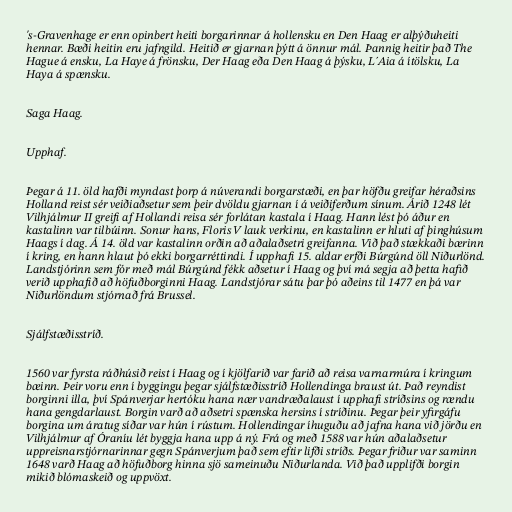
's-Gravenhage er enn opinbert heiti borgarinnar á hollensku en Den Haag er alþýðuheiti
hennar. Bæði heitin eru jafngild. Heitið er gjarnan þýtt á önnur mál. Þannig heitir það The
Hague á ensku, La Haye á frönsku, Der Haag eða Den Haag á þýsku, L´Aia á ítölsku, La
Haya á spænsku.

Saga Haag.

Upphaf.

Þegar á 11. öld hafði myndast þorp á núverandi borgarstæði, en þar höfðu greifar héraðsins
Holland reist sér veiðiaðsetur sem þeir dvöldu gjarnan í á veiðiferðum sínum. Árið 1248 lét
Vilhjálmur II greifi af Hollandi reisa sér forlátan kastala í Haag. Hann lést þó áður en
kastalinn var tilbúinn. Sonur hans, Floris V lauk verkinu, en kastalinn er hluti af þinghúsum
Haags í dag. Á 14. öld var kastalinn orðin að aðalaðsetri greifanna. Við það stækkaði bærinn
í kring, en hann hlaut þó ekki borgarréttindi. Í upphafi 15. aldar erfði Búrgúnd öll Niðurlönd.
Landstjórinn sem fór með mál Búrgúnd fékk aðsetur í Haag og því má segja að þetta hafið
verið upphafið að höfuðborginni Haag. Landstjórar sátu þar þó aðeins til 1477 en þá var
Niðurlöndum stjórnað frá Brussel.

Sjálfstæðisstríð.

1560 var fyrsta ráðhúsið reist í Haag og í kjölfarið var farið að reisa varnarmúra í kringum
bæinn. Þeir voru enn í byggingu þegar sjálfstæðisstríð Hollendinga braust út. Það reyndist
borginni illa, því Spánverjar hertóku hana nær vandræðalaust í upphafi stríðsins og rændu
hana gengdarlaust. Borgin varð að aðsetri spænska hersins í stríðinu. Þegar þeir yfirgáfu
borgina um áratug síðar var hún í rústum. Hollendingar íhuguðu að jafna hana við jörðu en
Vilhjálmur af Óraníu lét byggja hana upp á ný. Frá og með 1588 var hún aðalaðsetur
uppreisnarstjórnarinnar gegn Spánverjum það sem eftir lifði stríðs. Þegar friður var saminn
1648 varð Haag að höfuðborg hinna sjö sameinuðu Niðurlanda. Við það upplifði borgin
mikið blómaskeið og uppvöxt.